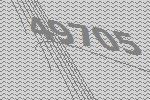
49705